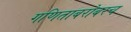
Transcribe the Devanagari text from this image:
गणिताबरोबरच